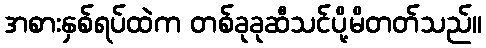
အစားနှစ်ရပ်ထဲက တစ်ခုခုဆီသင်ပို့မိတတ်သည်။